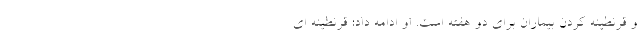
و قرنطینه کردن بیماران برای دو هفته است. او ادامه داد: قرنطینه ای